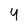
Character: 4